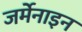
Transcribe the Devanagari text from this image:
जर्मेनाइन